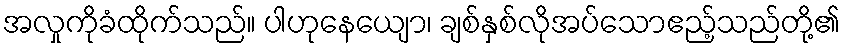
အလှုကိုခံထိုက်သည်။ ပါဟုနေယျော၊ ချစ်နှစ်လိုအပ်သောဧည့်သည်တို့၏